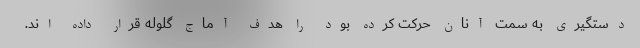
دستگیری به سمت آنان حرکت کرده بود را هدف آماج گلوله قرار داده اند.